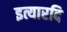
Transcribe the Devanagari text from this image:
इत्यारदि